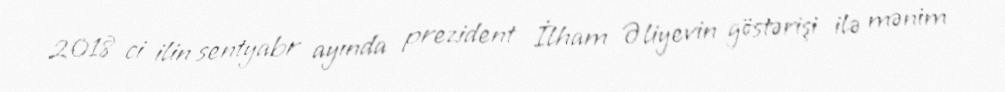
2018 ci ilin sentyabr ayında prezident İlham Əliyevin göstərişi ilə mənim